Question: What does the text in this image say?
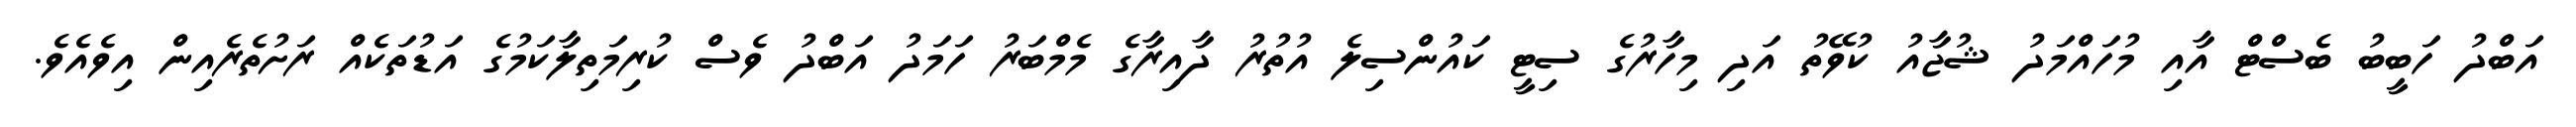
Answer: އަބްދު ހަބީބު ބެސްޓް އާއި މުހައްމަދު ޝުޖާއު ކުވޭތު އަދި މިހާރުގެ ސިޓީ ކައުންސިލެ އުތުރު ދާއިރާގެ މެމްބަރު ހަމަދު އަބްދު ވެސް ކުރިމަތިލާކަމުގެ އަޑުތަކެއް ރަށުތެރެއިން އިވެއެވެ.